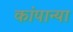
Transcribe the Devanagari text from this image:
कांपान्या